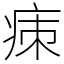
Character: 㾊